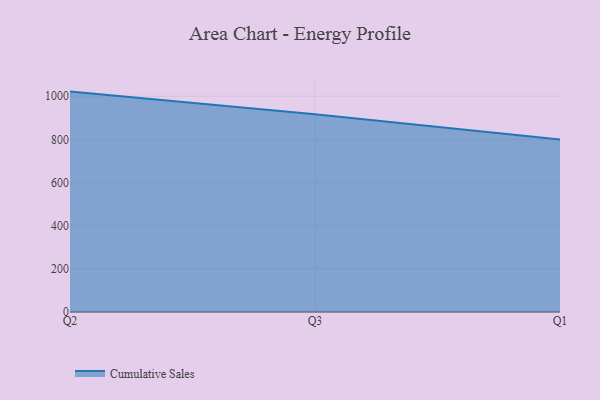
{"axis": {"x": "Quarter", "y": "Churn Rate (%)"}, "legend": ["Cumulative Sales"], "data": [{"x": "Q2", "y": 1021.5, "type": "Cumulative Sales"}, {"x": "Q3", "y": 917.0, "type": "Cumulative Sales"}, {"x": "Q1", "y": 800, "type": "Cumulative Sales"}]}